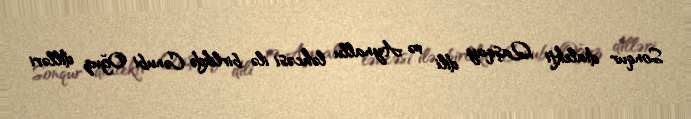
Sonqur dialekti Qaşqay dili və Aynallu ləhcəsi ilə birlikdə Cənubi Oğuz dilləri